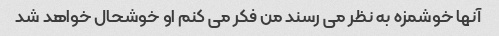
آنها خوشمزه به نظر می رسند من فکر می کنم او خوشحال خواهد شد